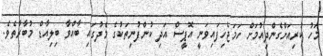
މަހު ކުރިއަށްގެންދިއުމަށް ހަމަޖެހިފައިވަނީ އޮޕީސް އަދި ކުންފުނިތަކުގެ މެދުގައި ބާއްވާ ބިލިއާޑް މުބާރާތެވެ.